Indian journal of veterinary science and animal husbandry - Volume 5,
Year: 1935
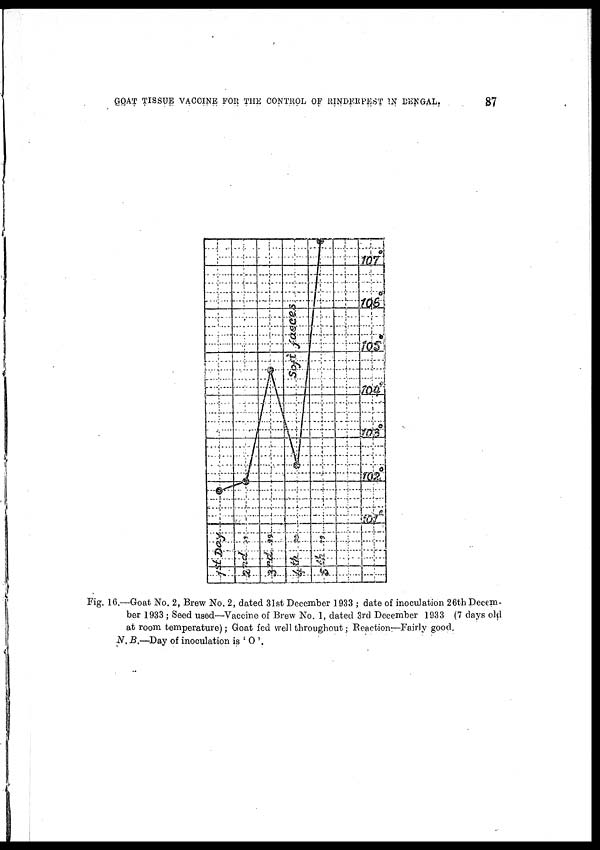
GOAT TISSUE VACCINE FOR THE CONTROL OF RINDERPEST IN BENGAL.
87
Fig. 16.—Goat No. 2, Brew No. 2, dated 31st December 1933 ; date of inoculation 26th Decem-
ber 1933 ; Seed used—Vaccine of Brew No. 1, dated 3rd December 1933 (7 days old
at room temperature); Goat fed well throughout ; Reaction—Fairly good
N. B.—Day of inoculation is ' O '.